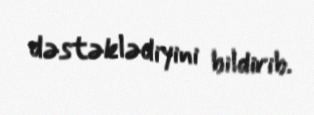
dəstəklədiyini bildirib.